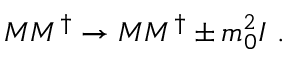
M M ^ { \dagger } \rightarrow M M ^ { \dagger } \pm m _ { 0 } ^ { 2 } I ~ .